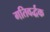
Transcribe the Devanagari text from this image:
गतिवर्द्धक